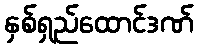
နှစ်ရှည်ထောင်ဒဏ်